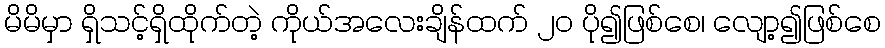
မိမိမှာ ရှိသင့်ရှိထိုက်တဲ့ ကိုယ်အလေးချိန်ထက် ၂ဝ ပို၍ဖြစ်စေ၊ လျော့၍ဖြစ်စေ